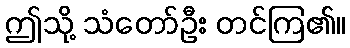
ဤသို့ သံတော်ဦး တင်ကြ၏။